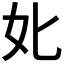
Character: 𡚧